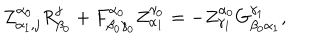
Z _ { \alpha _ { 1 } , j } ^ { \alpha _ { 0 } } R _ { \beta _ { 0 } } ^ { j } + F _ { \beta _ { 0 } \gamma _ { 0 } } ^ { \alpha _ { 0 } } Z _ { \alpha _ { 1 } } ^ { \gamma _ { 0 } } = - Z _ { \gamma _ { 1 } } ^ { \alpha _ { 0 } } G _ { \beta _ { 0 } \alpha _ { 1 } } ^ { \gamma _ { 1 } } ,